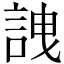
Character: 䛖